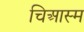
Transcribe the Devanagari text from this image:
चिआस्म